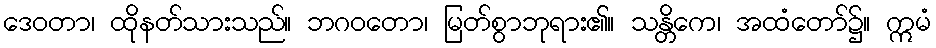
ဒေဝတာ၊ ထိုနတ်သားသည်။ ဘဂဝတော၊ မြတ်စွာဘုရား၏။ သန္တိကေ၊ အထံတော်၌။ ဣမံ